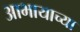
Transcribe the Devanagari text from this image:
आभायाच्या